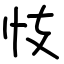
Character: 忮